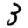
Digit: 3